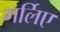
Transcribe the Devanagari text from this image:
गर्लिए